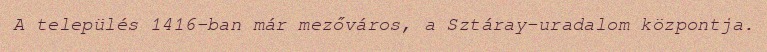
A település 1416-ban már mezőváros, a Sztáray-uradalom központja.